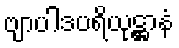
ဗျာပါဒပရိယုဋ္ဌာနံ